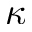
\kappa